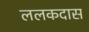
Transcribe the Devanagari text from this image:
ललकदास